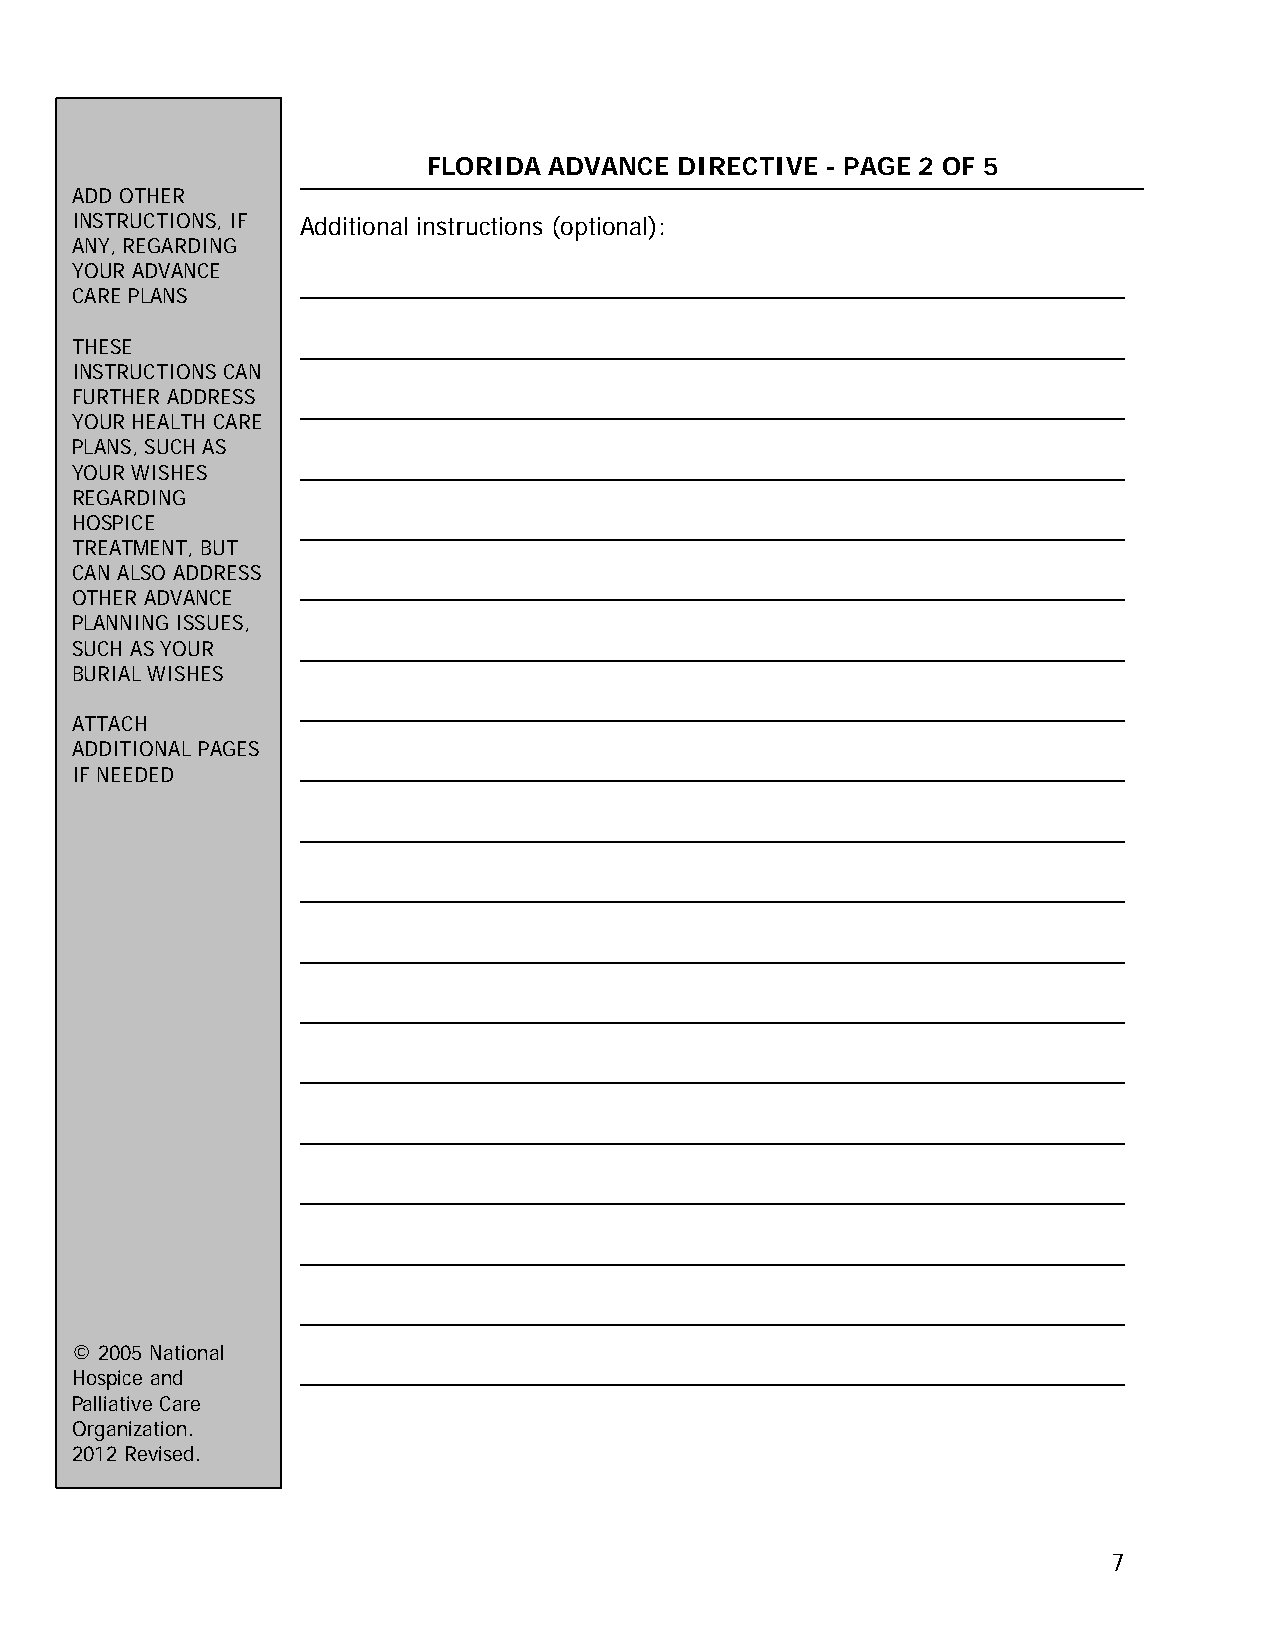
FLORIDA ADVANCE  DIRECTIVE - PAGE 2 OF 5
 ADD OTHER
 INSTRUCTIONS, IF Additional instructions (optional):
 ANY, REGARDING
 YOUR ADVANCE
 CARE PLANS
 THESE
 INSTRUCTIONS CAN
 FURTHER ADDRESS
 YOUR HEALTH CARE
 PLANS, SUCH AS
 YOUR WISHES
 REGARDING
 HOSPICE
 TREATMENT, BUT
 CAN ALSO ADDRESS
 OTHER ADVANCE
 PLANNING ISSUES,
 SUCH AS YOUR
 BURIAL WISHES
 ATTACH
 ADDITIONAL PAGES
 IF NEEDED
 © 2005 National
 Hospice and
 Palliative Care
 Organization.
 2012 Revised.
 7